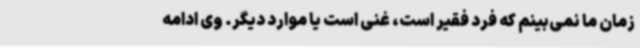
زمان ما نمی‌بینم که فرد فقیر است، غنی است یا موارد دیگر. وی ادامه